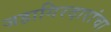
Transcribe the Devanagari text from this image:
जहागिरदारांचा